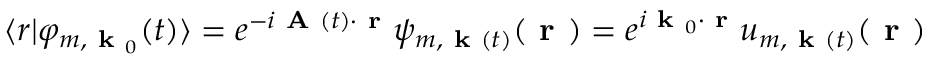
\langle r \lvert \varphi _ { m , \textbf { k } _ { 0 } } ( t ) \rangle = e ^ { - i \textbf { A } ( t ) \cdot \textbf { r } } \psi _ { m , \textbf { k } ( t ) } ( \textbf { r } ) = e ^ { i \textbf { k } _ { 0 } \cdot \textbf { r } } u _ { m , \textbf { k } ( t ) } ( \textbf { r } )